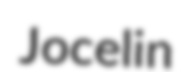
Jocelin